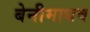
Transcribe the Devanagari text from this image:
बेनीमाधव